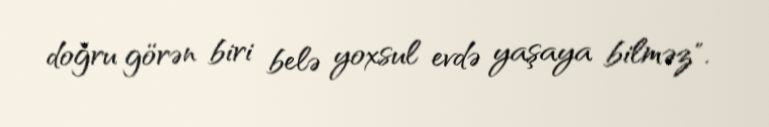
doğru görən biri belə yoxsul evdə yaşaya bilməz".